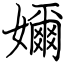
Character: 嬭